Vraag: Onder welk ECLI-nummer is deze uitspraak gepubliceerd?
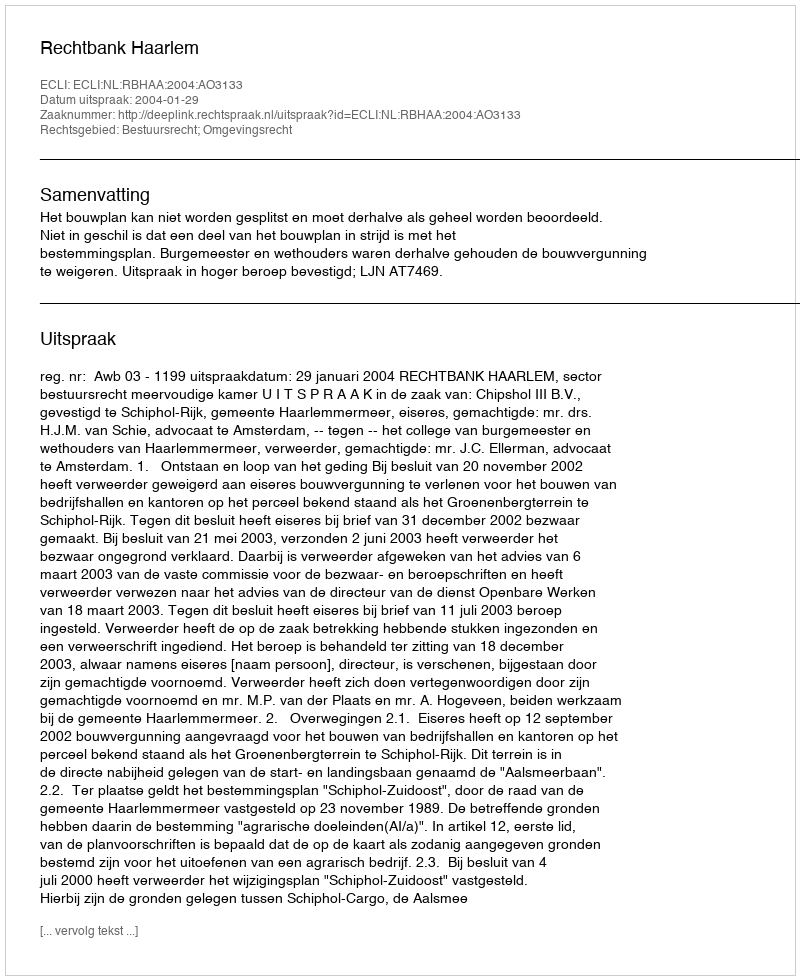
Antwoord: ECLI:NL:RBHAA:2004:AO3133